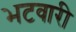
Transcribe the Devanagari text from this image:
भटवारी